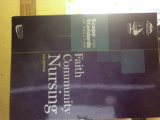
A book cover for Faith Community Nursing: Scope and Standards of Practice (ANA, Faith Community Nursing); Medical Books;